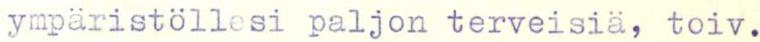
ympäristöllesi paljon terveisia, toiv.